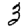
Digit: 3